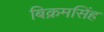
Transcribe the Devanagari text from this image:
बिक्रमसिंह